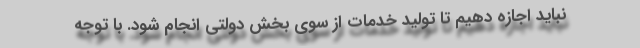
نباید اجازه دهیم تا تولید خدمات از سوی بخش دولتی انجام شود. با توجه